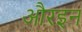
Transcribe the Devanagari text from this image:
औरइन